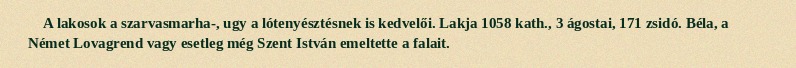
A lakosok a szarvasmarha-, ugy a lótenyésztésnek is kedvelői. Lakja 1058 kath., 3 ágostai, 171 zsidó. Béla, a Német Lovagrend vagy esetleg még Szent István emeltette a falait.